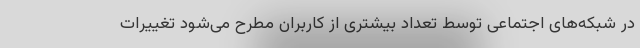
در شبکه‌های اجتماعی توسط تعداد بیشتری از کاربران مطرح می‌شود تغییرات